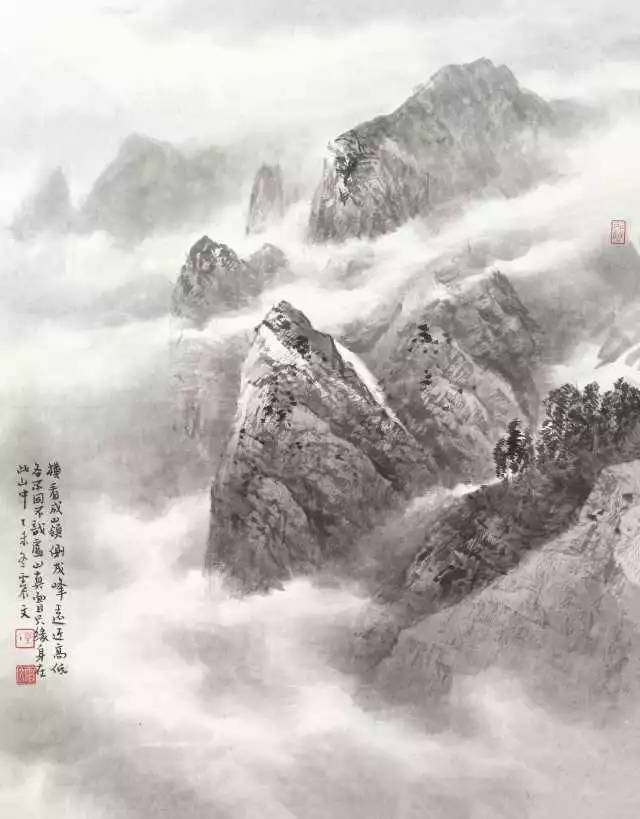
不识庐山真面目，只缘身在此山中。